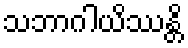
သဘာဂါယိဿန္တိ